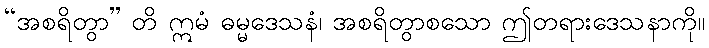
“အစရိတွာ” တိ ဣမံ ဓမ္မဒေသနံ၊ အစရိတွာစသော ဤတရားဒေသနာကို။